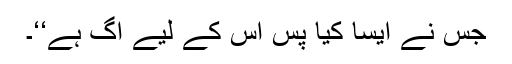
جس نے ایسا کیا پس اس کے لیے آگ ہے‘‘۔